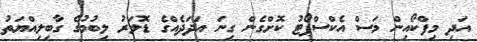
އަދި މިފްކޯއިން މަސް އެކްސްޕޯޓު ކޮށްގެން ގިނަ އަދަދެއްގެ ޑޮލަރު ލިބުމުގެ ގާބިލިއްޔަތު